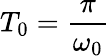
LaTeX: T_{0}=\frac{\pi}{\omega_{0}}